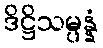
ဒိဋ္ဌိသမ္ပန္နံ